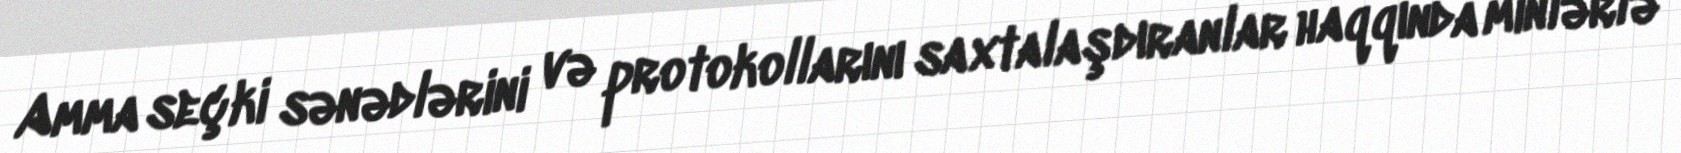
Amma seçki sənədlərini və protokollarını saxtalaşdıranlar haqqında minlərlə